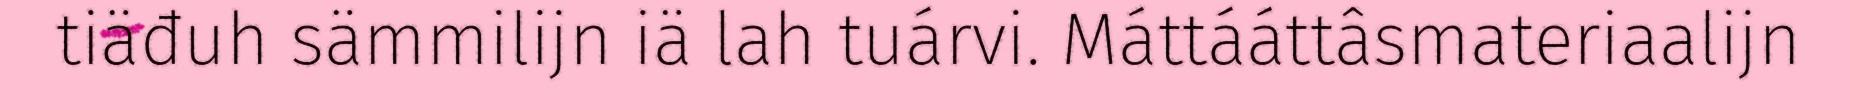
tiäđuh sämmilijn iä lah tuárvi. Máttááttâsmateriaalijn